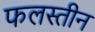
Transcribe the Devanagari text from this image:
फलस्तीन